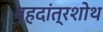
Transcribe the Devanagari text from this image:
वृहदांत्रशोथ